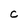
Character: C